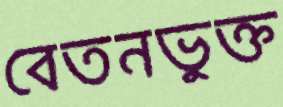
বেতনভুক্ত